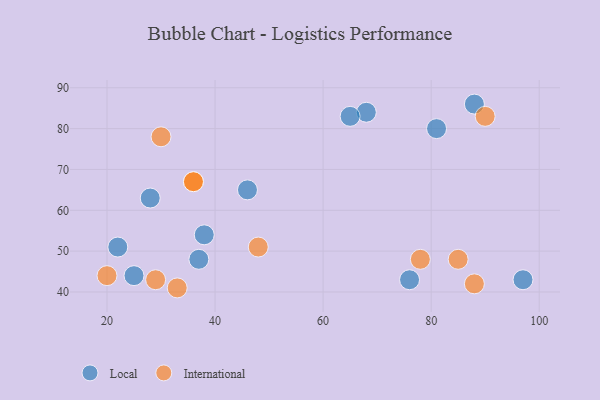
{"axis": {"x": "GDP", "y": "Life Expectancy"}, "legend": ["International", "Local"], "data": [{"x": "37", "y": 48, "type": "Local"}, {"x": "46", "y": 65, "type": "Local"}, {"x": "68", "y": 84, "type": "Local"}, {"x": "38", "y": 54, "type": "Local"}, {"x": "88", "y": 86, "type": "Local"}, {"x": "25", "y": 44, "type": "Local"}, {"x": "76", "y": 43, "type": "Local"}, {"x": "28", "y": 63, "type": "Local"}, {"x": "97", "y": 43, "type": "Local"}, {"x": "22", "y": 51, "type": "Local"}, {"x": "65", "y": 83, "type": "Local"}, {"x": "81", "y": 80, "type": "Local"}, {"x": "88", "y": 42, "type": "International"}, {"x": "36", "y": 67, "type": "International"}, {"x": "85", "y": 48, "type": "International"}, {"x": "36", "y": 67, "type": "International"}, {"x": "30", "y": 78, "type": "International"}, {"x": "20", "y": 44, "type": "International"}, {"x": "48", "y": 51, "type": "International"}, {"x": "78", "y": 48, "type": "International"}, {"x": "29", "y": 43, "type": "International"}, {"x": "90", "y": 83, "type": "International"}, {"x": "33", "y": 41, "type": "International"}]}